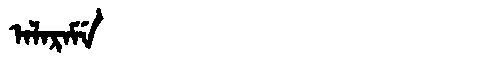
Manchu: ᠠᠯᠠᡵᠠᠮᡝ
Romanization: ALARAME